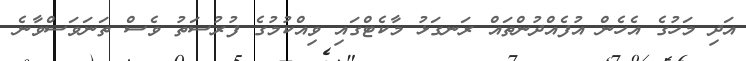
އަދި މަހުގެ އެހެން އުފެއްދުންތައް ރަނގަޅު މާކެޓްގައި ވިއްކުމުގެ ފުރުސަތު ވެސް ތަނަވަސްވާނެ